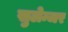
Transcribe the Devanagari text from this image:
सुलेन्जर